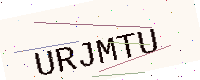
Text: URJMTU